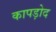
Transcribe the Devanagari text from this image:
कापड़ोद